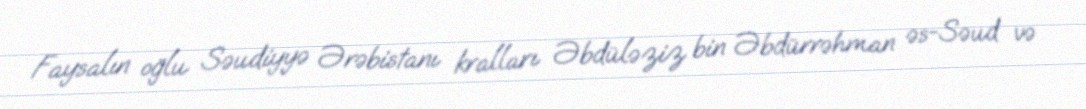
Faysalın oğlu Səudiyyə Ərəbistanı kralları Əbdüləziz bin Əbdürrəhman əs-Səud və